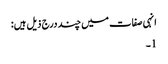
انہی صفات میں چند درج ذیل ہیں:
1۔